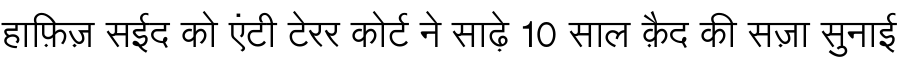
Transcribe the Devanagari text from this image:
हाफ़िज़ सईद को एंटी टेरर कोर्ट ने साढ़े 10 साल क़ैद की सज़ा सुनाई